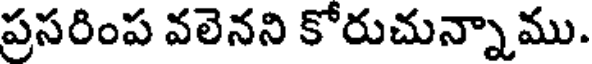
ప్రసరింప వలెనని కోరుచున్నాము.